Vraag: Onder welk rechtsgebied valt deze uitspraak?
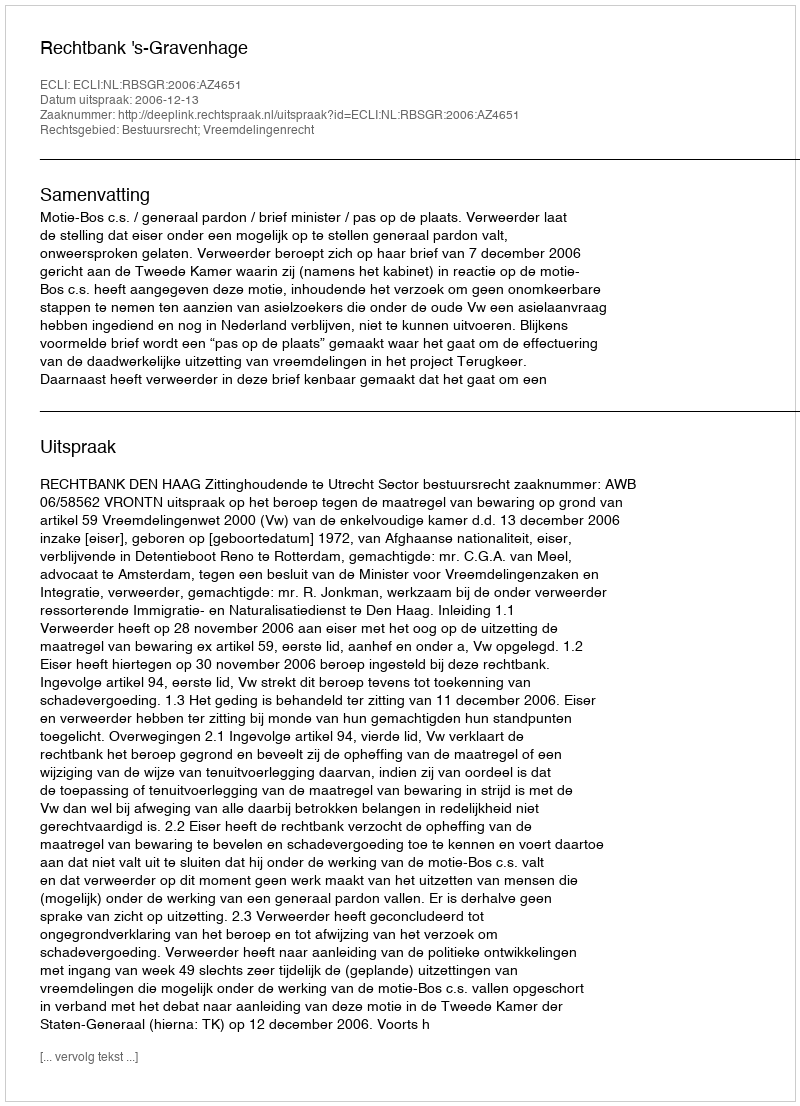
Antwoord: Bestuursrecht; Vreemdelingenrecht